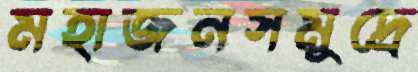
মহাজনসমুদ্রে